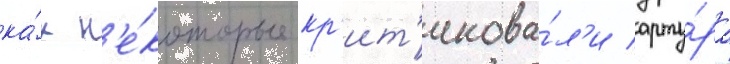
ка́к н'е́которые кр'ит'икова́л'и арту́ра